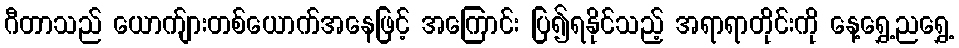
ဂီတာသည် ယောက်ျားတစ်ယောက်အနေဖြင့် အကြောင်း ပြ၍ရနိုင်သည့် အရာရာတိုင်းကို နေ့ရွှေ့ညရွှေ့